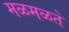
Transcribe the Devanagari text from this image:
मळमळते